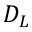
D _ { L }